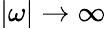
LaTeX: |\omega|\rightarrow\infty